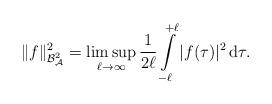
LaTeX: \begin{align*}\| f \|_{\mathcal{B}_\mathcal{A}^2}^2=\limsup_{\ell\to\infty}\frac1{2\ell}\int\limits_{-\ell}^{+\ell} |f(\tau)|^2\, {\rm d}\tau.\end{align*}